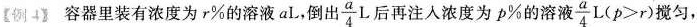
【例4》容器里装有浓度为r%的溶液aL，倒出 \frac{a}{4}L 后再注入浓度为p%的溶液 \frac{a}{4}L$$( p > r )$$ 搅匀，